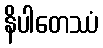
နိပါတေဿံ